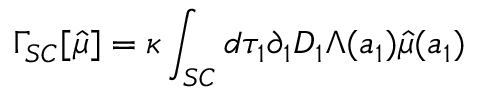
\Gamma _ { S C } [ \hat { \mu } ] = \kappa \int _ { S C } d \tau _ { 1 } \partial _ { 1 } D _ { 1 } \Lambda ( a _ { 1 } ) \hat { \mu } ( a _ { 1 } )